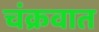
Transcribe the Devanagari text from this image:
चंक्रवात